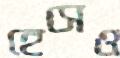
হেসেও